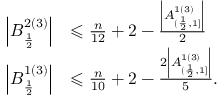
\begin{array} { r l } { \left| B _ { \frac { 1 } { 2 } } ^ { 2 ( 3 ) } \right| } & { \leqslant \frac { n } { 1 2 } + 2 - \frac { \left| A _ { ( \frac { 1 } { 2 } , 1 ] } ^ { 1 ( 3 ) } \right| } { 2 } } \\ { \left| B _ { \frac { 1 } { 2 } } ^ { 1 ( 3 ) } \right| } & { \leqslant \frac { n } { 1 0 } + 2 - \frac { 2 \left| A _ { ( \frac { 1 } { 2 } , 1 ] } ^ { 1 ( 3 ) } \right| } { 5 } . } \end{array}